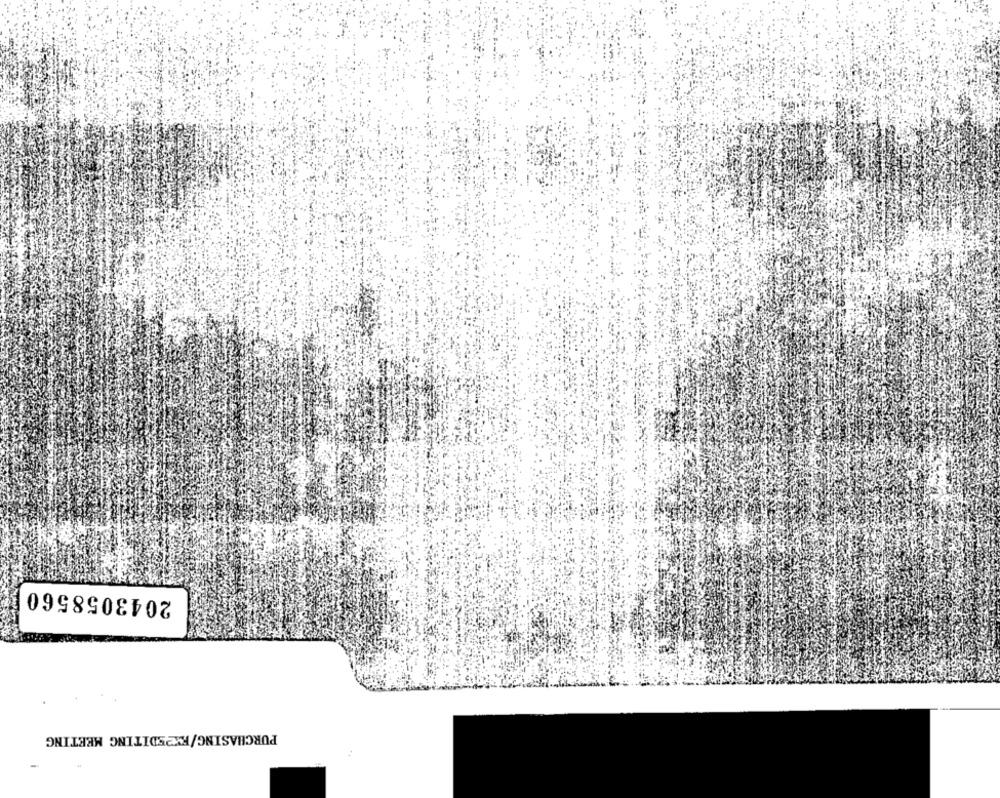
2043058560
PURCHASING/FX2EDITING MEETING